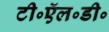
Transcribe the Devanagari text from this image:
टी॰ऍल॰डी॰